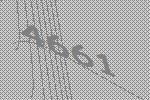
4661